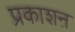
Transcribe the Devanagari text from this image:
प्रकाशऩ